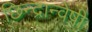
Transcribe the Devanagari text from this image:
छिन्‍द्रान्‍वेषी